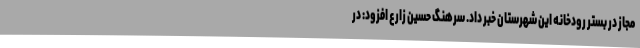
مجاز در بستر رودخانه این شهرستان خبر داد. سرهنگ حسین زارع افزود: در